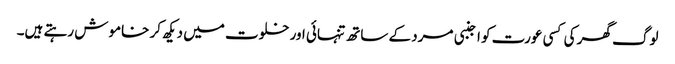
لوگ گھر کی کسی عورت کو اجنبی مرد کے ساتھ تنہائی اور خلوت میں دیکھ کر خاموش رہتے ہیں۔